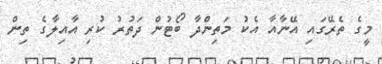
މީގެ ތެރޭގައި އޭނާއާ އެކު މަތިންދާ ބޯޓުން ދަތުރު ކުރި އާއިލާގެ ތިން